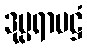
ဒုပ္ပရာမဋ္ဌံ